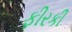
ફીરકી